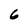
Character: 6